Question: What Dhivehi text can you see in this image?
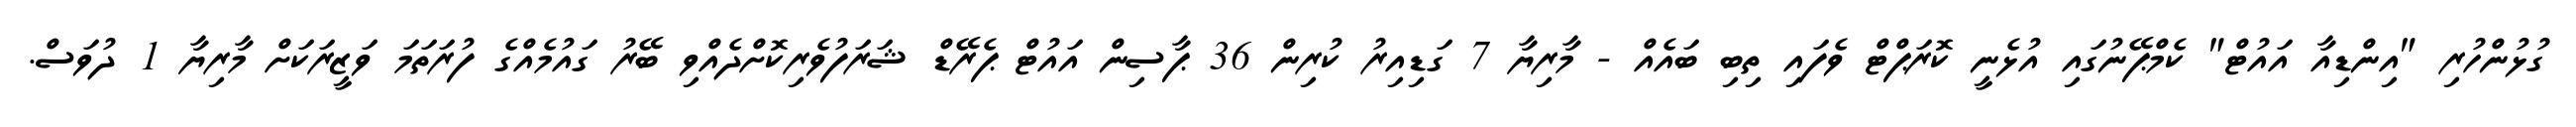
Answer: ގުޅުންހުރި "އިންޑިއާ އައުޓް" ކެމްޕޭނުގައި އުޅެނީ ކޮރަޕްޓް ވެފައި ތިބި ބައެއް - މާރިޔާ 7 ގަޑިއިރު ކުރިން 36 ޕާސިން އައުޓް ޕެރޭޑް ޝަރަފުވެރިކޮށްދެއްވި ބޭރު ގައުމެއްގެ ފުރަތަމަ ވަޒީރަކަށް މާރިޔާ 1 ދުވަސް.